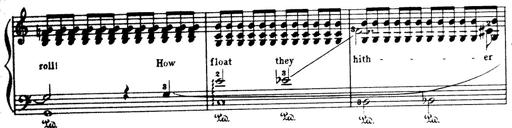
Title: Wagner-Liszt Album
Composer: Franz Liszt